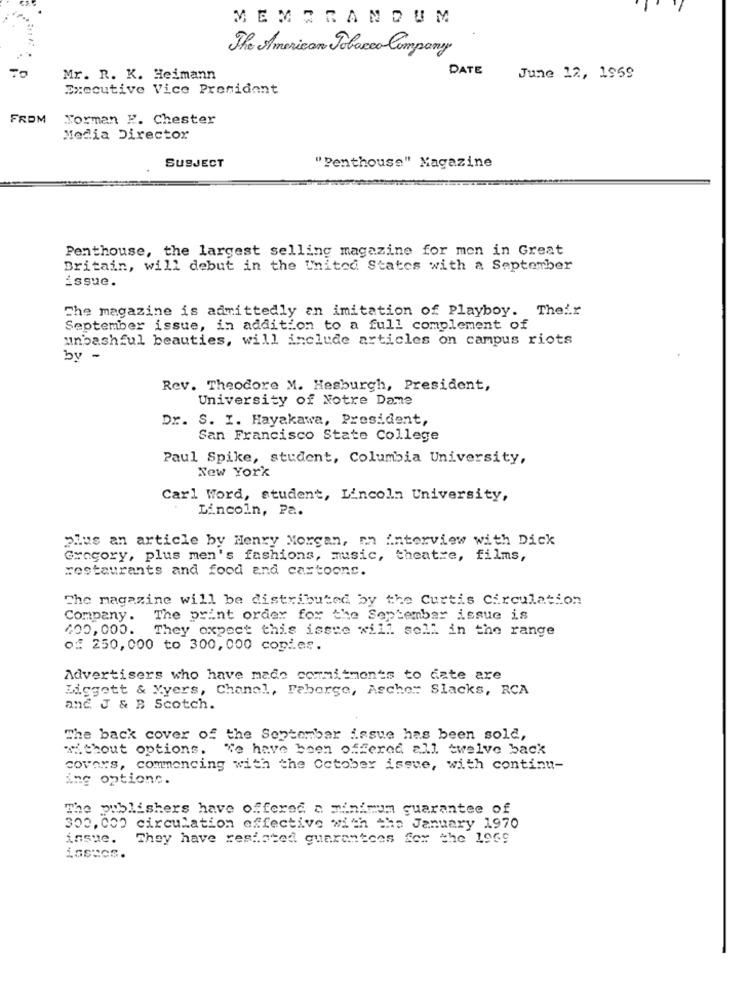
MEMORANDUM
The American Tobacco Company
DATE
Mr. R. K. Heimann
June 12, 1959
Executive Vice President
FROM
Torman K. Chester
Media Director
SUBJECT
"Penthouse" Magazine
Penthouse, the largest selling magazine for men in Great
Britain, will debut in the United States with a September
issue.
The magazine is admittedly an imitation of Playboy. Their
September issue, in addition to a full complement of
unbashful beauties, will include articles on campus riots
by -
Rev. Theodore M. Hesburgh, President,
University of Notre Dame
Dr. S. I. Hayakawa, President,
San Francisco State College
Paul Spike, student, Columbia University,
New York
Carl Word, student, Lincoln University,
Lincoln, Pa.
plus an article by Henry Morgan, mn interview with Dick
Grogory, plus men's fashions, music, theatre, films,
restaurants and food and cartoons.
The magazine will be distributed by the Curtis Circulation
Company .
The print order for the September issue is
400,000. They oxpect this issue will sell in the range
of 250,000 to 300,000 copies.
Advertisers who have made commitments to date are
Liggett & Yyers, Chanel, Faborge, Asche: Slacks, RCA
anc. J & B Scotch.
The back cover of the September issue has been sold,
without options.
We have been offered all twelve back
covers, commencing with the October issue, with continu-
ing optionc.
The publishers have offered a minimum guarantee of
300, 000 circulation effective with the January 1970
issue.
They have resisted guarantees for the 1969
issues.